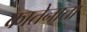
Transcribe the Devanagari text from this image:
कातेनाता